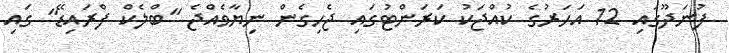
ފުނަދޫގައި 12 އަހަރުގެ ކުއްޖަކު ކަރަންޓުގައި ޖެހިގެން ނިޔާވެއްޖެ "ބްލެކް ފްރައިޑޭ" ގައި